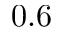
0 . 6